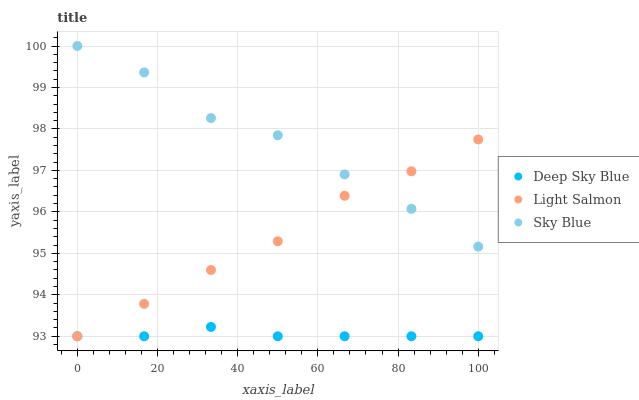
| xaxis_label | Deep Sky Blue | Light Salmon | Sky Blue |
 | --- | --- | --- | --- |
 | 0 | 93 | 93 | 100 |
 | 16.7 | 93 | 93.8 | 99.4 |
 | 33.3 | 93.2 | 94.6 | 98.3 |
 | 50 | 93 | 95.3 | 97.8 |
 | 66.7 | 93 | 96.4 | 96.9 |
 | 83.3 | 93 | 97 | 96.1 |
 | 100 | 93 | 97.7 | 95.2 |